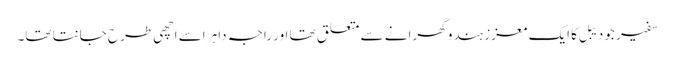
سفیر جو دیبل کا ایک معزز ہندو گھرانے سے متعلق تھا اور راجہ داہر اسے اچھی طرح جانتا تھا۔